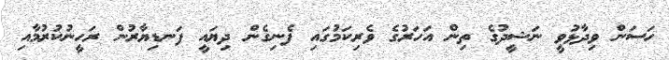
ހަސަން ވިދާޅުވީ ނަޝީދުގެ ތިން އަހަރުގެ ވެރިކަމުގައި ފެނިގެން ދިޔައީ ފަނޑިޔާރުން ރަހީނުކުރުމާއި